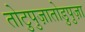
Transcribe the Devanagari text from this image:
तोटुपुज़ातोडुपुज़ा